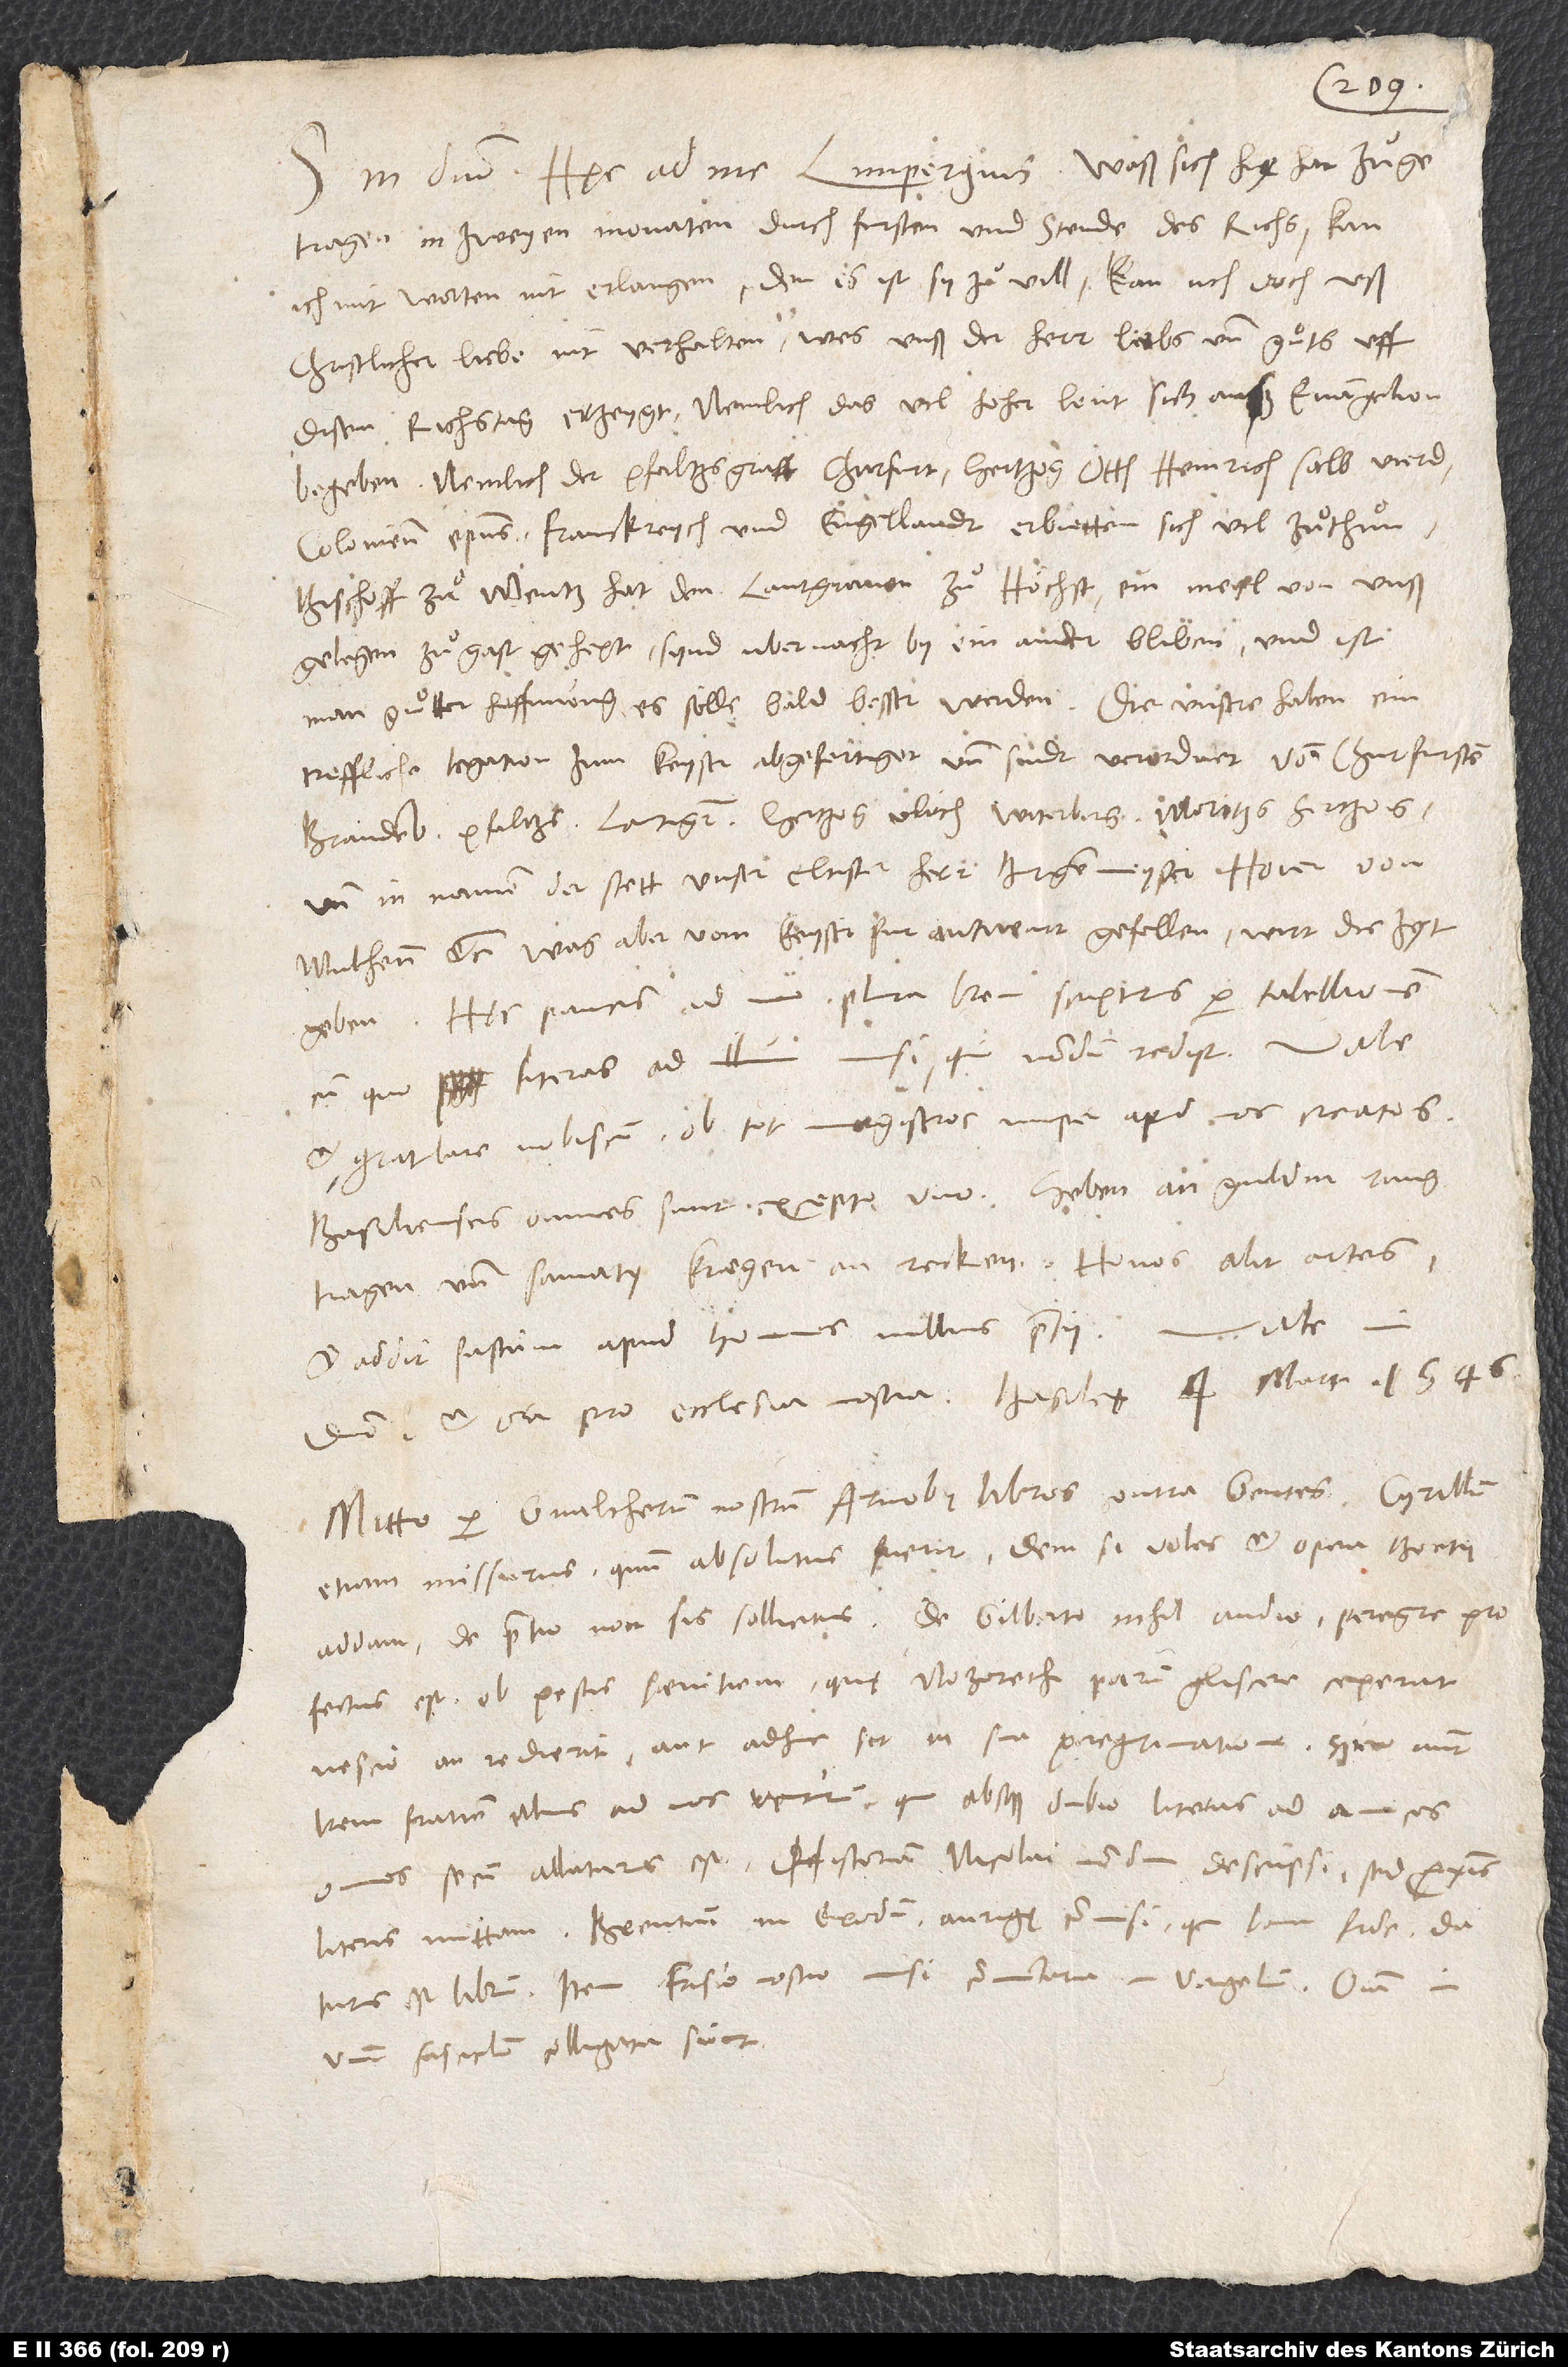
S. in domino. Hęc ad me Limpergius: „Waß sich hie hat zuͦgetragen
in zweyen monaten durch fursten und stende des richs, kan
ich mit worten nit erlangen, den es ist sy zuͦ vill. Kan uch doch uß
christlicher liebe nit verhalten, wes unß der herr liebs und guͦts uff
disem richstag erzeygt, nemlich das vil hoher leut sich anß euangelion
begeben, nemlich der pfaltzsgraff churfurst, hertzog Otth Heinrich selbvierd,
Coloniensis episcopus. Franckreych und Engellandt erbietten sich, vil zuͦ thuͦn.
Bischoff zuͦ Mentz hat den lantgraven zuͦ Höchst, ein meyl von unß
gelegen, zuͦ gast gehept. Synd uber nacht by einander bliben, und ist
man guͦtter hoffnung, es sölle bald besser werden. Die unsere haben ein
treffliche legation zum keyser abgefertiget. Und sindt verordnet von churfursten:
und in namen der stett: Unser eltister herr burgenmeyster Hoier von
Mulhenn, etc. Was aber vom keyser fur antwurt gefellen, wirt die zyt
geben.“ Hęc paucis ad me. Plura brevi scripturus per tabellionem,
cum quo literas ad illum misi, qui nondum rediit.
et gratulare nobiscum ob tot magistros nuper apud nos creatos.
Basilienses omnes sunt excepto uno. Heben an guldin ring
tragen und samaty kregen an recken. Honos alit artes
et addit fastum apud homines nullius pretii.
domino et ora pro ecclesia nostra. Basileę, 4. martii 1546.
Mitto per Gvaltherum nostrum Arnobii libros contra gentes. Cyrillum
etiam missurus, quum absolutus fuerit. Dein, si voles, et opera Boetii
profectus est ob pestis saevitiem, quę Nozerethi parum gliscere ceperat.
Nescio an redierit aut adhuc sit in sua peregrinatione. Spero autem
brevi fratrem illius ad nos venturum, qui absque dubio literas ad amicos
literis mittam. Brentium in Exodum aurigę commisi, qui bona fide daturus
est librum. Item Frisio nostro misi commentaria in Virgelium. Omnia in
una fasciculum colligata sunt.